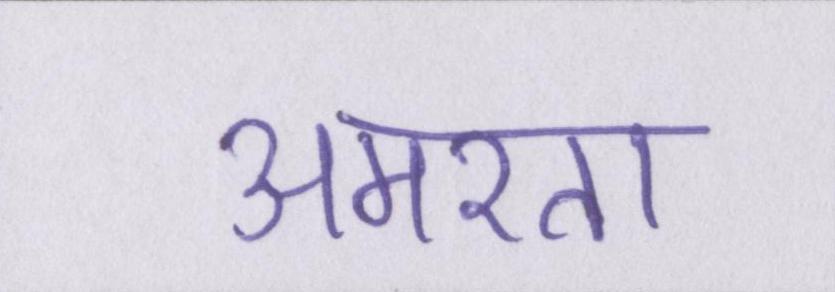
अमरता